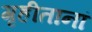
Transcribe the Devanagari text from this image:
गृहीतानां